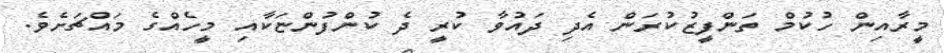
މީރާއިން ހުކުމް ތަންފީޒުކުރަން އެދި ދައުވާ ކުރީ ދެ ކުންފުންޏަކާއި މީހެއްގެ މައްޗަށެވެ.